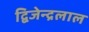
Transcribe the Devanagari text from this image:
द्बिजेन्द्रलाल